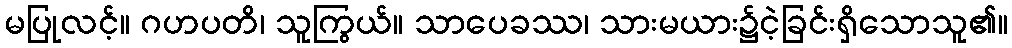
မပြုလင့်။ ဂဟပတိ၊ သူကြွယ်။ သာပေခဿ၊ သားမယား၌ငဲ့ခြင်းရှိသောသူ၏။